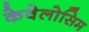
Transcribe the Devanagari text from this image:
केवेलोसिम